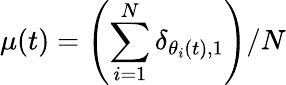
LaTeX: \mu(t)=\left(\sum_{i=1}^{N}\delta_{\theta_{i}(t),1}\right)/N